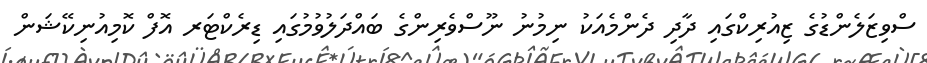
ސްވިޒަލެންޑުގެ ޒިއުރިކްގައި ދާދި ދެންމެއަކު ނިމުނު ނޫސްވެރިންގެ ބައްދަލުވުމުގައި ޑިރެކްޓަރ އޮފް ކޮމިއުނިކޭޝަން